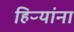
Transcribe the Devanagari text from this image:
हिऱ्यांना